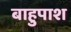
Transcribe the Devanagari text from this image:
बाहुपाश